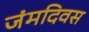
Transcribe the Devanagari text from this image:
जंमदिवस